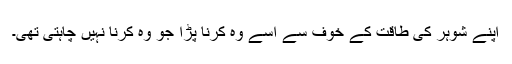
اپنے شوہر کی طاقت کے خوف سے اسے وہ کرنا پڑا جو وہ کرنا نہیں چاہتی تھی۔